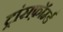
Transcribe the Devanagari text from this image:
ट्रांसफ़ॉर्म्ड